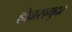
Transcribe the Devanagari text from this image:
होळसमुदर